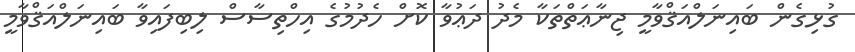
ގުޅިގެން ބައިނަލްއަޤްވާމީ ޖިނާޢަތްތަކާ މެދު ދަޢުވާ ކޮށް ހެދުމުގެ އިހްތިސާސް ލިބިފައިވާ ބައިނަލްއަޤްވާމީ